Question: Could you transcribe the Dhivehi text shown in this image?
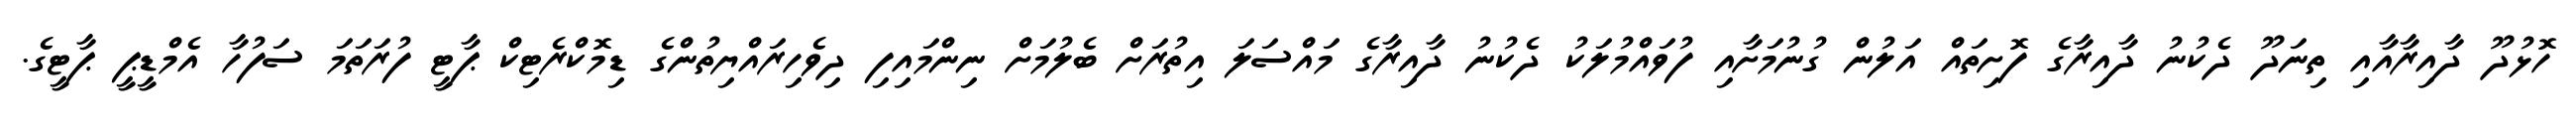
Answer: ހޮޅުދޫ ދާއިރާއާއި ތިނަދޫ ދެކުނު ދާއިރާގެ ފޮށިތައް އަލުން ގުނުމަށާއި ފުވައްމުލަކު ދެކުނު ދާއިރާގެ މައްސަލަ އިތުރަށް ބެލުމަށް ނިންމައިފި ދިވެހިރައްޔިތުންގެ ޑިމޮކްރެޓިކް ޕާޓީ ފުރަތަމަ ސަފުހާ އެމްޑީޕީ ޕާޓީގެ.